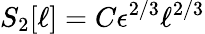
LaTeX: S_{2}[\ell]=C\epsilon^{2/3}\ell^{2/3}